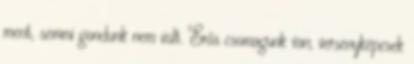
ment, semmi gondunk nem volt. Erős csomagunk van, versenyképesek